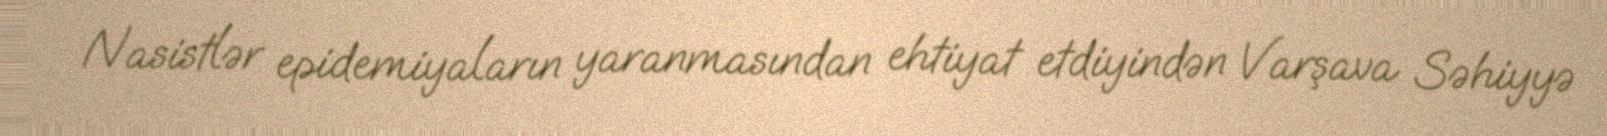
Nasistlər epidemiyaların yaranmasından ehtiyat etdiyindən Varşava Səhiyyə